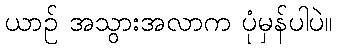
ယာဉ် အသွားအလာက ပုံမှန်ပါပဲ။